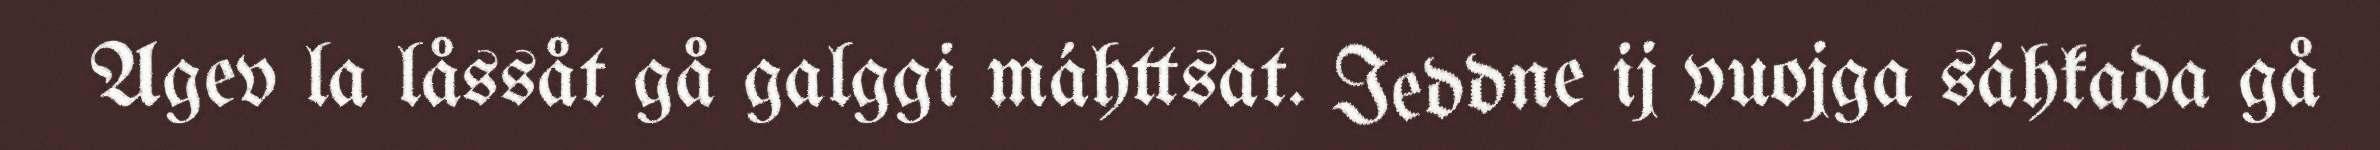
Agev la låssåt gå galggi máhttsat. Ieddne ij vuojga sáhkada gå